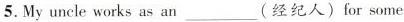
5.My uncle works as an ___ (经纪人) for some